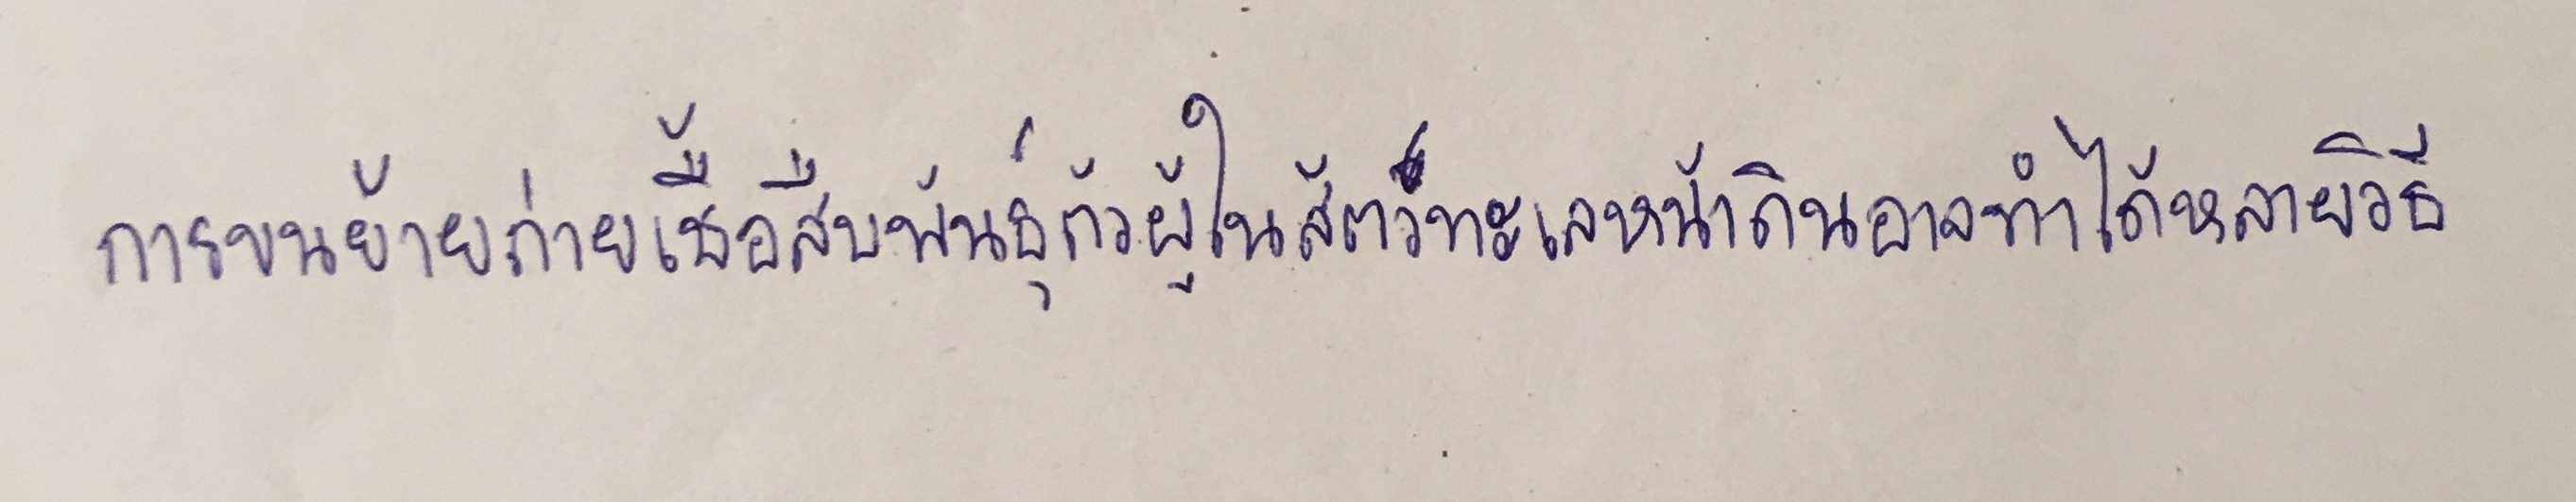
การขนย้ายถ่ายเชื้อสืบพันธุ์ตัวผู้ในสัตว์ทะเลหน้าดินอาจทำได้หลายวิธี